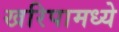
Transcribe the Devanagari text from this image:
खरिपामध्ये